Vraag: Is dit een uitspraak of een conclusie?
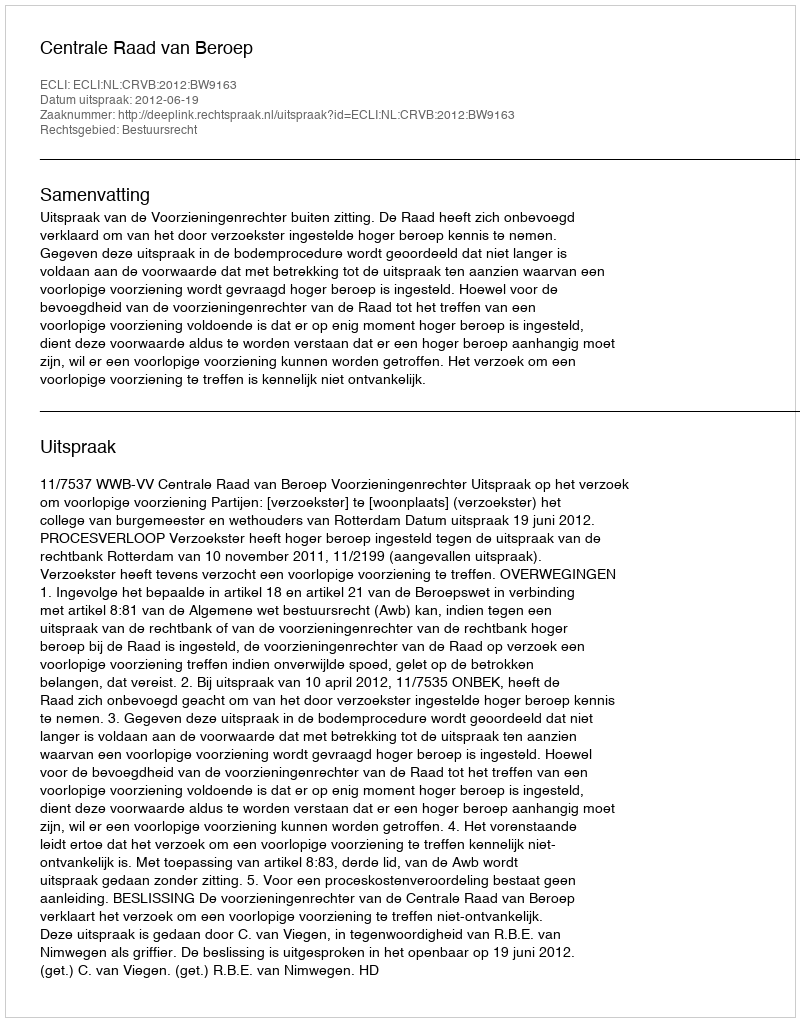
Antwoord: Uitspraak